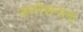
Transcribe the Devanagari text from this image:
जनरेशनला